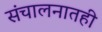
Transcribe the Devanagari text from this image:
संचालनातही